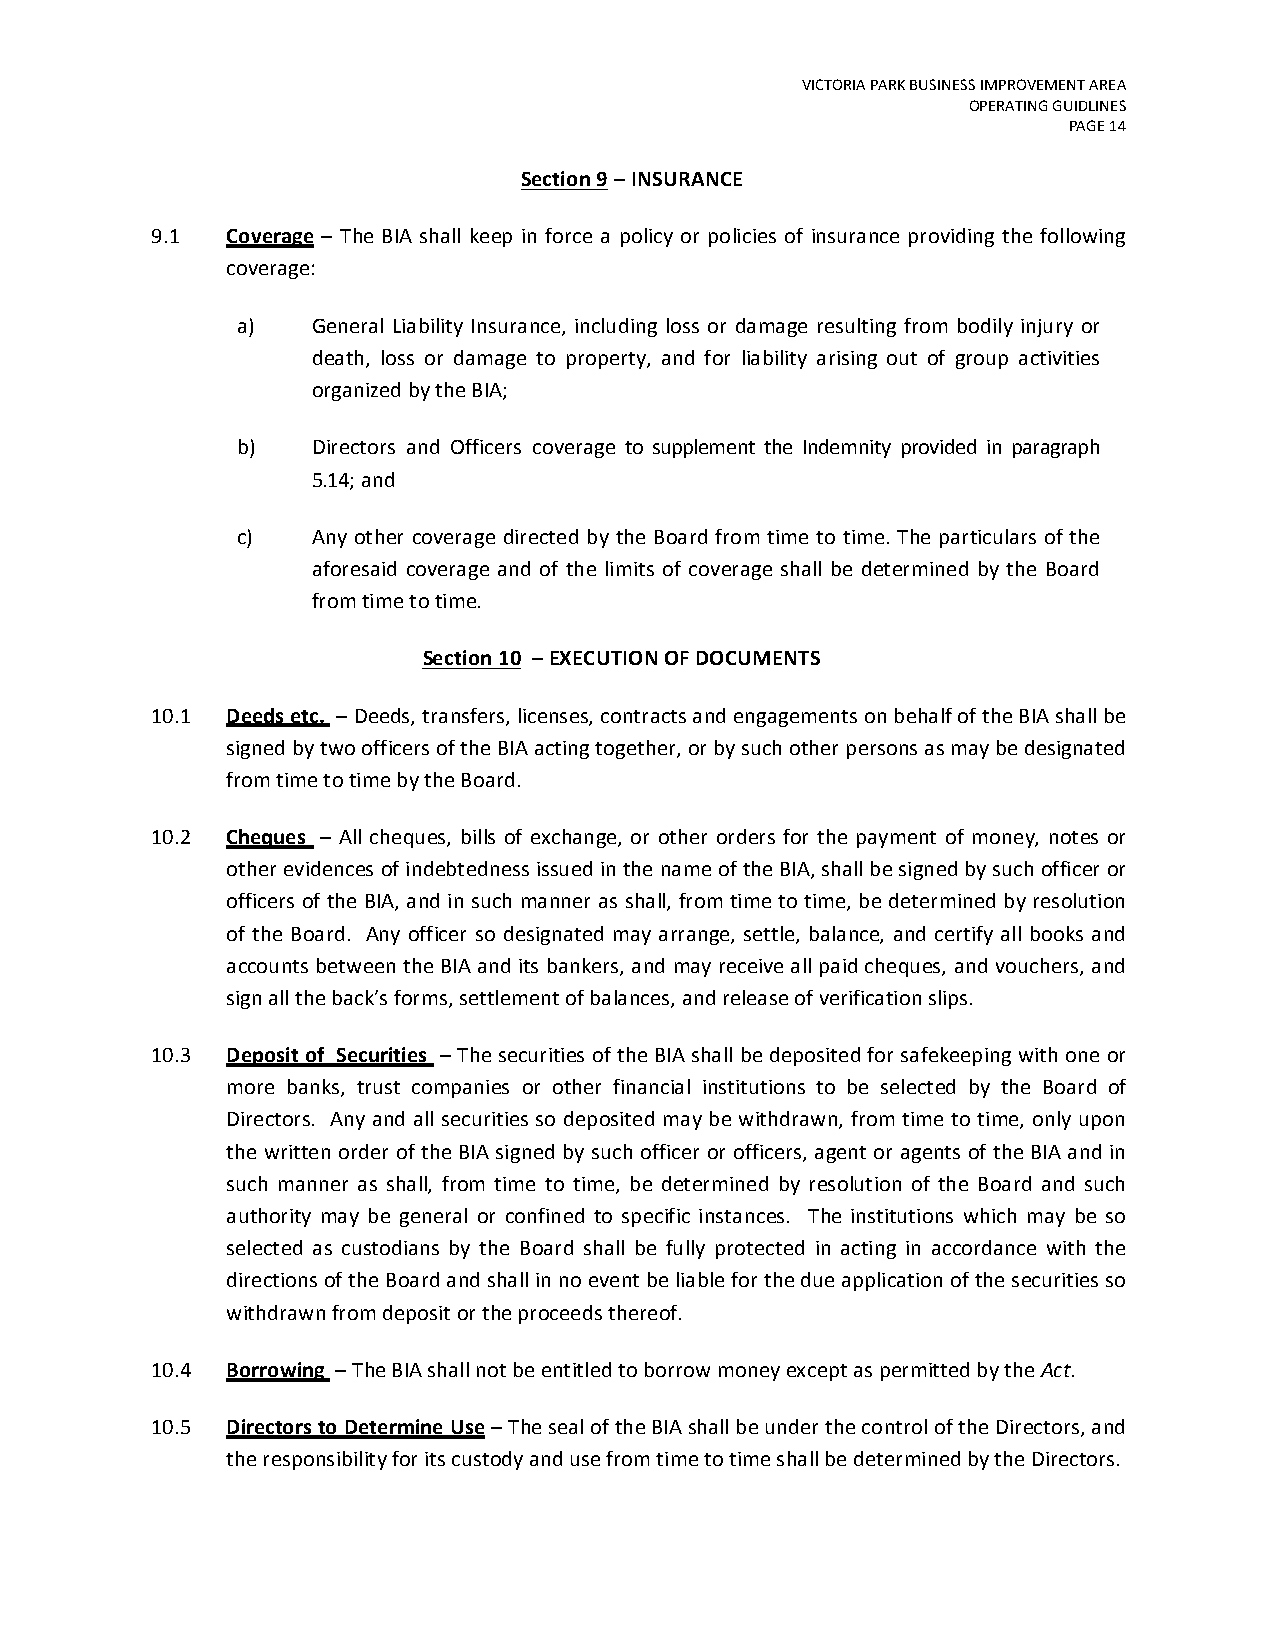
VICTORIA PARK BUSINESS IMPROVEMENT AREA
 OPERATING GUIDLINES
 PAGE 14
 Section 9 – INSURANCE
 9.1  Coverage – The BIA shall keep in force a policy or policies of insurance providing the following
 coverage:
 a)   General Liability Insurance, including loss or damage resulting from bodily injury or
 death, loss or damage to property, and for liability arising out of group activities
 organized by the BIA;
 b)   Directors and Officers coverage to supplement the Indemnity provided in paragraph
 5.14; and
 c)   Any other coverage directed by the Board from time to time. The particulars of the
 aforesaid coverage and of the limits of coverage shall be determined by the Board
 from time to time.
 Section 10 – EXECUTION OF DOCUMENTS
 10.1 Deeds etc. – Deeds, transfers, licenses, contracts and engagements on behalf of the BIA shall be
 signed by two officers of the BIA acting together, or by such other persons as may be designated
 from time to time by the Board.
 10.2 Cheques – All cheques, bills of exchange, or other orders for the payment of money, notes or
 other evidences of indebtedness issued in the name of the BIA, shall be signed by such officer or
 officers of the BIA, and in such manner as shall, from time to time, be determined by resolution
 of the Board. Any officer so designated may arrange, settle, balance, and certify all books and
 accounts between the BIA and its bankers, and may receive all paid cheques, and vouchers, and
 sign all the back’s forms, settlement of balances, and release of verification slips.
 10.3 Deposit of Securities – The securities of the BIA shall be deposited for safekeeping with one or
 more banks, trust companies or other financial institutions to be selected by the Board of
 Directors. Any and all securities so deposited may be withdrawn, from time to time, only upon
 the written order of the BIA signed by such officer or officers, agent or agents of the BIA and in
 such manner as shall, from time to time, be determined by resolution of the Board and such
 authority may be general or confined to specific instances. The institutions which may be so
 selected as custodians by the Board shall be fully protected in acting in accordance with the
 directions of the Board and shall in no event be liable for the due application of the securities so
 withdrawn from deposit or the proceeds thereof.
 10.4 Borrowing – The BIA shall not be entitled to borrow money except as permitted by the Act.
 10.5 Directors to Determine Use – The seal of the BIA shall be under the control of the Directors, and
 the responsibility for its custody and use from time to time shall be determined by the Directors.